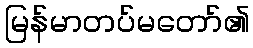
မြန်မာတပ်မတော်၏